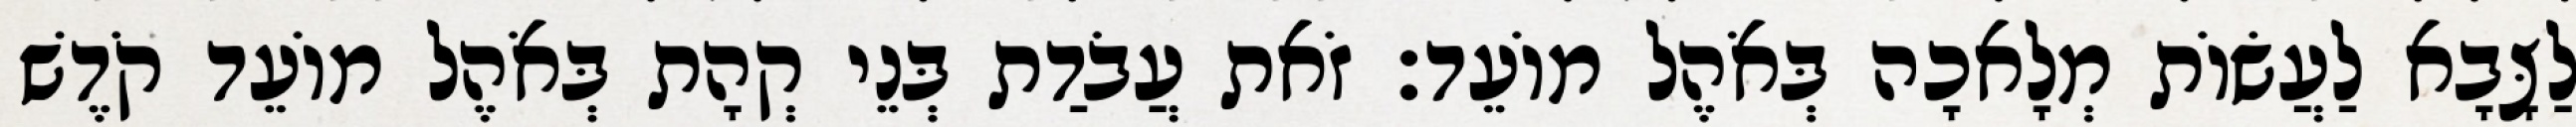
לַצָּבָא לַעֲשׂוֹת מְלָאכָה בְּאֹהֶל מוֹעֵד׃ זֹאת עֲבֹדַת בְּנֵי קְהָת בְּאֹהֶל מוֹעֵד קֹדֶשׁ